Indian journal of veterinary science and animal husbandry - Volume 2,
Year: 1932
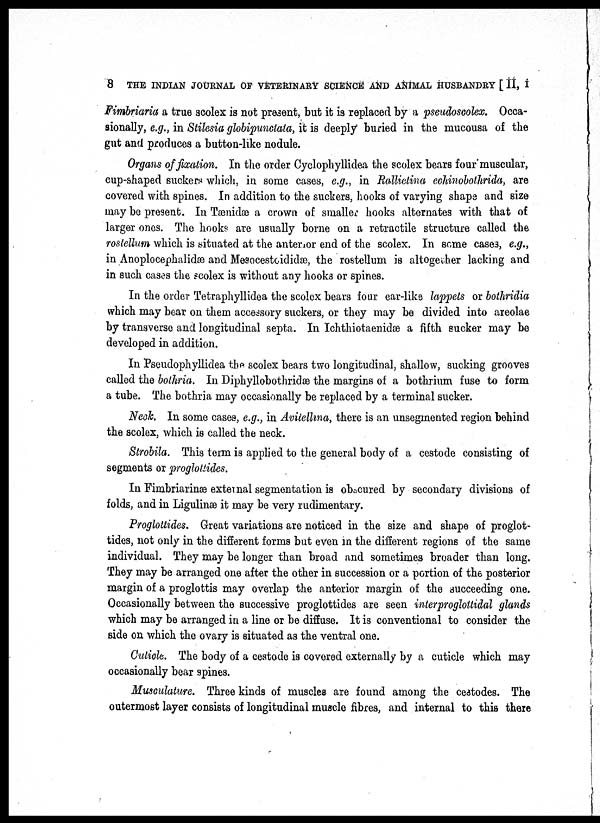
8 THE INDIAN JOURNAL OF VETERINARY SCIENCE AND ANIMAL HUSBANDRY [ II, I
Fimbriaria a true scolex is not present, but it is replaced by a pseudoscolex. Occa-
sionally, e.g., in Stilesia globipunctata, it is deeply buried in the mucousa of the
gut and produces a button-like nodule.
Organs of fixation. In the order Cyclophyllidea the scolex bears four muscular,
cup-shaped suckers which, in some cases, e.g., in Rallietina echinobothrida, are
covered with spines. In addition to the suckers, hooks of varying shape and size
may be present. In Tænidæ a crown of smaller hooks alternates with that of
larger ones. The hooks are usually borne on a retractile structure called the
rostellum which is situated at the anterior end of the scolex. In some cases, e.g.,
in Anoplocephalidæ and Mesocestoididæ, the rostellum is altogether lacking and
in such cases the scolex is without any hooks or spines.
In the order Tetraphyllidea the scolex bears four ear-like lappets or bothridia
which may bear on them accessory suckers, or they may be divided into areolae
by transverse and longitudinal septa. In Ichthiotaenidæ a fifth sucker may be
developed in addition.
In Pseudophyllidea the scolex bears two longitudinal, shallow, sucking grooves
called the bothria. In Diphyllobothridæ the margins of a bothrium fuse to form
a tube. The bothria may occasionally be replaced by a terminal sucker.
Neck. In some cases, e.g., in Avitellina, there is an unsegmented region behind
the scolex, which is called the neck.
Strobila. This term is applied to the general body of a cestode consisting of
segments or proglottides.
In Fimbriarinæ external segmentation is obscured by secondary divisions of
folds, and in Ligulinæ it may be very rudimentary.
Proglottides. Great variations are noticed in the size and shape of proglot-
tides, not only in the different forms but even in the different regions of the same
individual. They may be longer than broad and sometimes broader than long.
They may be arranged one after the other in succession or a portion of the posterior
margin of a proglottis may overlap the anterior margin of the succeeding one.
Occasionally between the successive proglottides are seen interproglottidal glands
which may be arranged in a line or be diffuse. It is conventional to consider the
side on which the ovary is situated as the ventral one.
Cuticle. The body of a cestode is covered externally by a cuticle which may
occasionally bear spines.
Musculature. Three kinds of muscles are found among the cestodes. The
outermost layer consists of longitudinal muscle fibres, and internal to this there